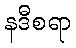
နဒီစရာ